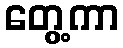
တွေ့ကာ